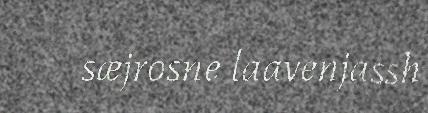
sæjrosne laavenjassh